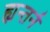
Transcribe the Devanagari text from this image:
ह्यन्तर्न